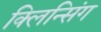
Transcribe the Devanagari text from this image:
क्लिन्सिंग